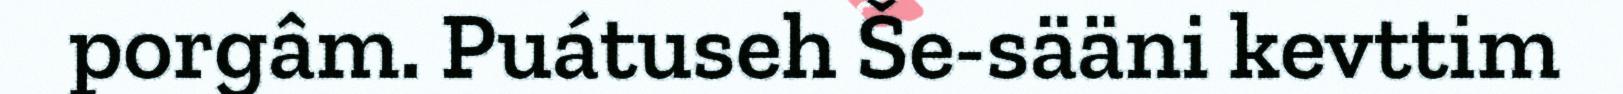
porgâm. Puátuseh Še-sääni kevttim